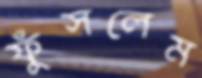
ফুঁসলেম